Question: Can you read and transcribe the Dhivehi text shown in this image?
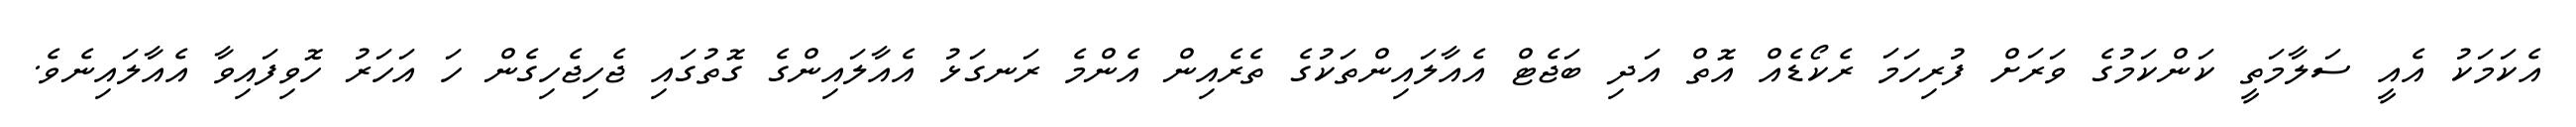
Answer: އެކަމަކު އެއީ ސަލާމަތީ ކަންކަމުގެ ވަރަށް ފުރިހަމަ ރެކޯޑެއް އޮތް އަދި ބަޖެޓް އެއާލައިންތަކުގެ ތެރެއިން އެންމެ ރަނގަޅު އެއާލައިންގެ ގޮތުގައި ޖެހިޖެހިގެން ހަ އަހަރު ހޮވިފައިވާ އެއާލައިނެވެ.